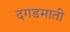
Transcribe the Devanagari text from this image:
दगडमाती